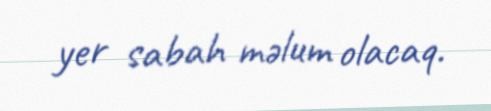
yer sabah məlum olacaq.